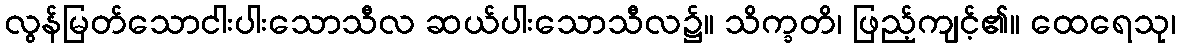
လွန်မြတ်သောငါးပါးသောသီလ ဆယ်ပါးသောသီလ၌။ သိက္ခတိ၊ ဖြည့်ကျင့်၏။ ထေရေသု၊